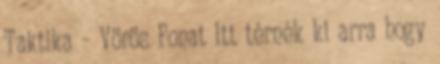
Taktika – Vörös Fonat Itt térnék ki arra hogy